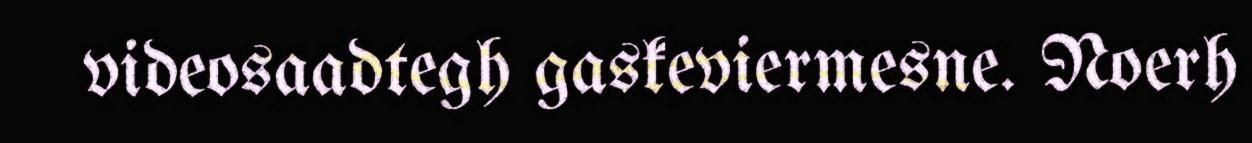
videosaadtegh gaskeviermesne. Noerh